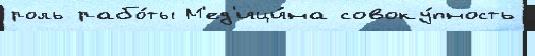
роль рабо́ты М'ед'ици́на совоку́пность